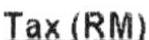
TAX (RM)